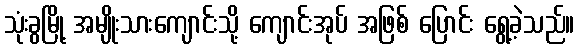
သုံးခွမြို့ အမျိုးသားကျောင်းသို့ ကျောင်းအုပ် အဖြစ် ပြောင်း ရွေ့ခဲ့သည်။